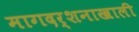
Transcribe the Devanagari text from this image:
मागदर्शनाखाली